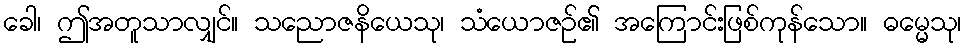
ခေါ၊ ဤအတူသာလျှင်။ သညောဇနိယေသု၊ သံယောဇဉ်၏ အကြောင်းဖြစ်ကုန်သော။ ဓမ္မေသု၊